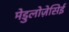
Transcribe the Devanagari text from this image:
मेडुलोज़ेसिई